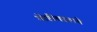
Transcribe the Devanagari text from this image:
गोष्टींबद्दलचे